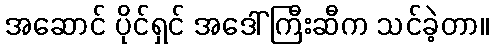
အဆောင် ပိုင်ရှင် အဒေါ်ကြီးဆီက သင်ခဲ့တာ။